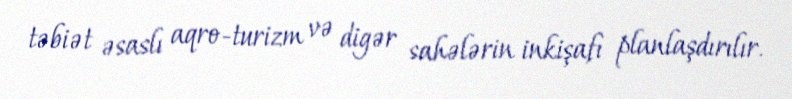
təbiət əsaslı aqro-turizm və digər sahələrin inkişafı planlaşdırılır.